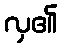
လှ၏